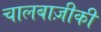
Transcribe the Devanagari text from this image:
चालबाज़ीकी